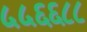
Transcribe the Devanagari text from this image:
५५६६८८